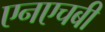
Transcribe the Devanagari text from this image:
एनएचबी